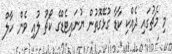
މި މެޗުގައި ދެެއްކި ކާޑާ ގުޅޭގޮތުން ޔުނައިޓެޑްގެ ކޯޗު ލުއި ވެން ހާލް